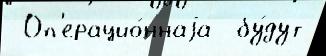
 Оп'ерацио́ннаjа  бу́дут